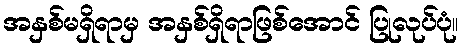
အနှစ်မရှိရာမှ အနှစ်ရှိရာဖြစ်အောင် ပြုလုပ်ပုံ။